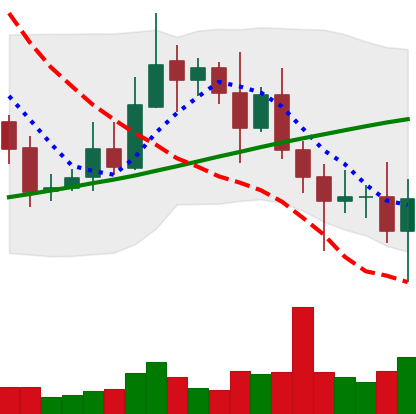
Ticker: XRP-USD
Chart end date: 2020-11-03
Forward return: 6.024%
Label: up_5_7